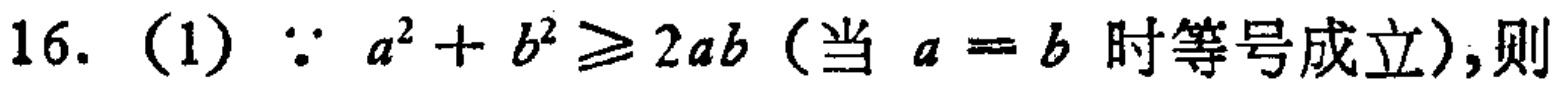
16. (1) $\because a^{2}+b^{2}\geq 2ab$（当 $a = b$ 时等号成立）,则